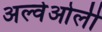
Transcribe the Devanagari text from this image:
अल्वेओली